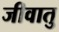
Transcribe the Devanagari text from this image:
जीवातु